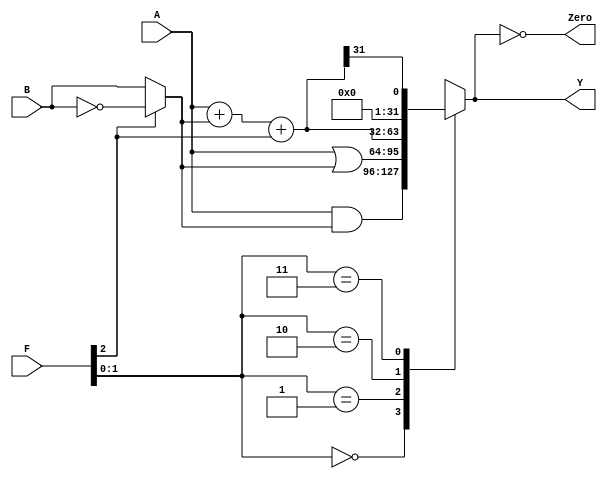
`timescale 1ns / 1ps
//////////////////////////////////////////////////////////////////////////////////
// Company: 
// 
// Design Name: 
// Module Name:    alu32 
// Project Name: 
// Target Devices: 
// Tool versions: 
// Description: 
//
// Dependencies: 
//
// Revision: 
// Revision 0.01 - File Created
// Additional Comments: 
//
//////////////////////////////////////////////////////////////////////////////////
module alu(	input [31:0] A, B, input [2:0] F, 
					output reg [31:0] Y, output Zero);
	
	wire [31:0] S, Bout;
	
	assign Bout = F[2] ? ~B : B;
	assign S = A + Bout + F[2];

	always @ ( * )
		case (F[1:0])
			2'b00: Y <= A & Bout;
			2'b01: Y <= A | Bout;
			2'b10: Y <= S;
			2'b11: Y <= S[31];
		endcase
	
	assign Zero = (Y == 32'b0);
//	assign Overflow =  A[31]& Bout[31] & ~Y[31] |
//							~A[31] & ~Bout[31] & Y[31];

endmodule